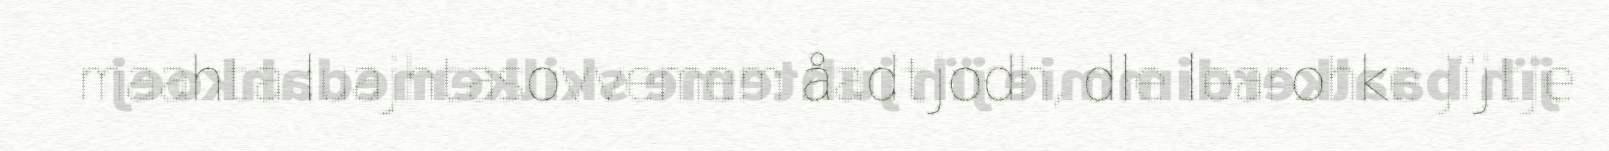
maahta luajhtasovvemem åadtjodh, dle learohke jïjtje